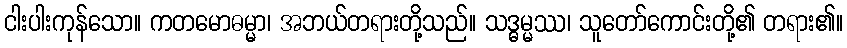
ငါးပါးကုန်သော။ ကတမောဓမ္မာ၊ အဘယ်တရားတို့သည်။ သဒ္ဓမ္မဿ၊ သူတော်ကောင်းတို့၏ တရား၏။